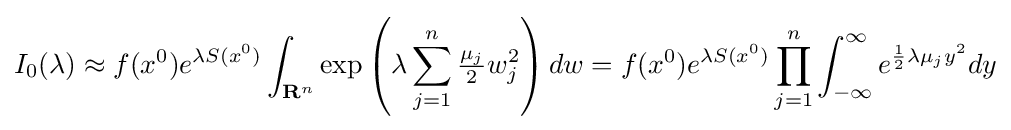
I_{0}(\lambda )\approx f(x^{0})e^{\lambda S(x^{0})}\int _{\mathbf {R} ^{n}}\exp \left(\lambda \sum _{j=1}^{n}{\tfrac {\mu _{j}}{2}}w_{j}^{2}\right)dw=f(x^{0})e^{\lambda S(x^{0})}\prod _{j=1}^{n}\int _{-\infty }^{\infty }e^{{\frac {1}{2}}\lambda \mu _{j}y^{2}}dy